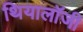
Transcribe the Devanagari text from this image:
थियालॉजी